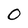
Character: 0